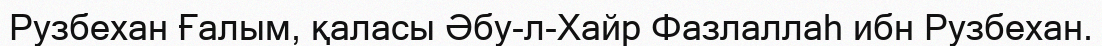
Рузбехан Ғалым, қаласы Әбу-л-Хайр Фазлаллаһ ибн Рузбехан.